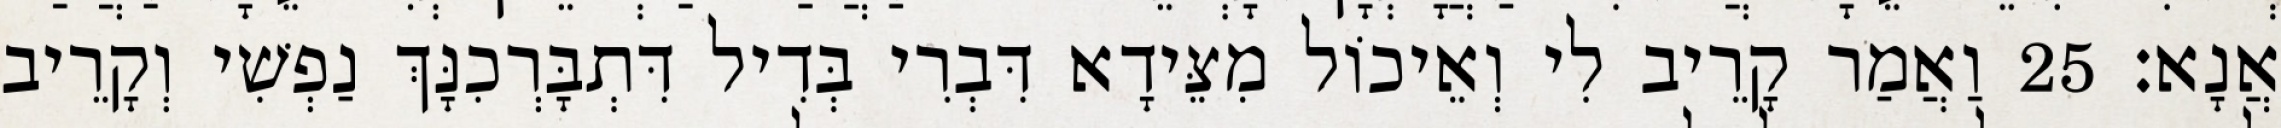
אֲנָא׃ 25 וַאֲמַר קָרֵיב לִי וְאֵיכוֹל מִצֵּידָא דִּבְרִי בְּדִיל דִּתְבָּרְכִנָּךְ נַפְשִׁי וְקָרֵיב